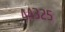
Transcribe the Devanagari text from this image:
४४३२५